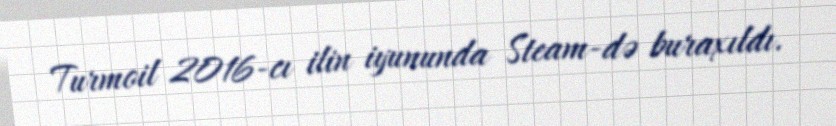
Turmoil 2016-cı ilin iyununda Steam-də buraxıldı.